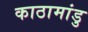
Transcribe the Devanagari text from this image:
काठामांडु